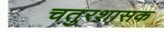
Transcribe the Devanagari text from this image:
चतुरशासक